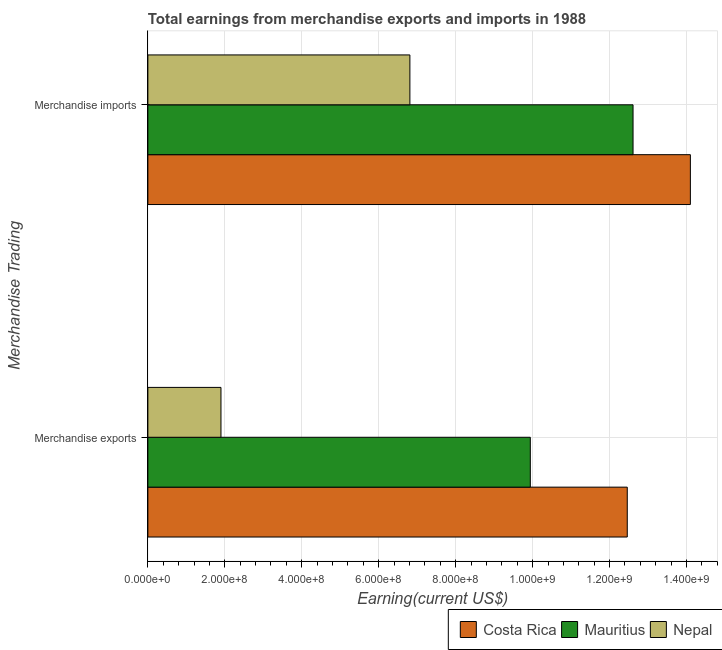
| Merchandise Trading | Costa Rica | Mauritius | Nepal |
 | --- | --- | --- | --- |
 | Merchandise exports | 1.25e+09 | 9.94e+08 | 1.9e+08 |
 | Merchandise imports | 1.41e+09 | 1.26e+09 | 6.81e+08 |